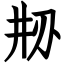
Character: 刱